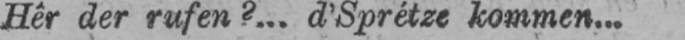
Hêr der rufen?... d’Sprétze kommen...